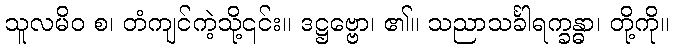
သူလမိဝ စ၊ တံကျင်ကဲ့သို့၎င်း။ ဒဋ္ဌဗ္ဗော၊ ၏။ သညာသင်္ခါရက္ခန္ဓာ၊ တို့ကို။